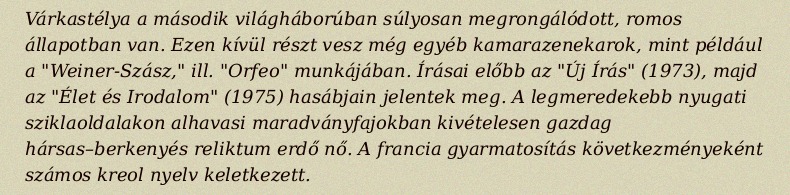
Várkastélya a második világháborúban súlyosan megrongálódott, romos állapotban van. Ezen kívül részt vesz még egyéb kamarazenekarok, mint például a "Weiner-Szász," ill. "Orfeo" munkájában. Írásai előbb az "Új Írás" (1973), majd az "Élet és Irodalom" (1975) hasábjain jelentek meg. A legmeredekebb nyugati sziklaoldalakon alhavasi maradványfajokban kivételesen gazdag hársas–berkenyés reliktum erdő nő. A francia gyarmatosítás következményeként számos kreol nyelv keletkezett.